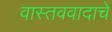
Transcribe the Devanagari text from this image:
वास्तववादाचे